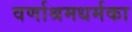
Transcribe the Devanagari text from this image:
वर्णाश्रमधर्मका